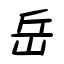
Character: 岳